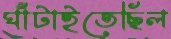
ঘাঁটাইতেছিল